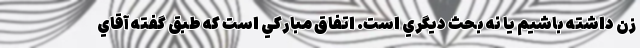
زن داشته باشيم يا نه بحث ديگري است. اتفاق مبارکي است که طبق گفته آقاي